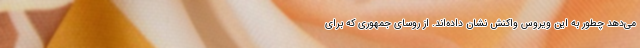
می‌دهد چطور به این ویروس واکنش نشان داده‌اند. از روسای جمهوری که برای